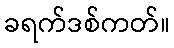
ခရက်ဒစ်ကတ်။